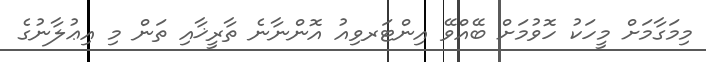
މިމަގާމަށް މީހަކު ހޮވުމަށް ބޭއްވޭ އިންޓަރވިއު އޮންނާނެ ތާރީޚާއި ތަން މި އިޢުލާނުގެ